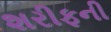
શરીફની